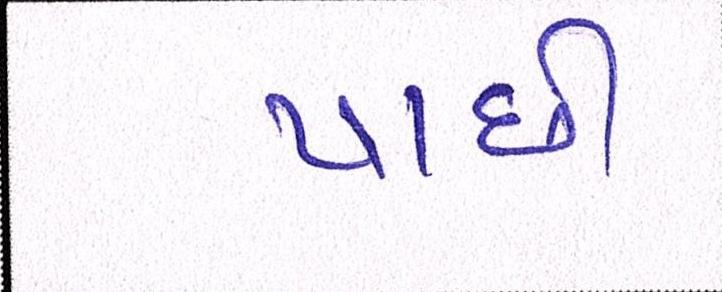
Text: પાછી